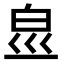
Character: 𤽋